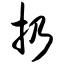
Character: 扔